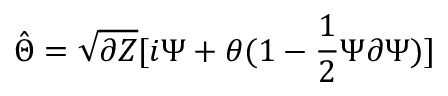
\hat { \Theta } = \sqrt { \partial Z } [ i \Psi + \theta ( 1 - \frac { 1 } { 2 } \Psi \partial \Psi ) ]